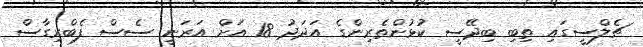
ޗެލްސީގައި ތިބި ބިދޭސީ ކުޅުންތެރިންގެ އަދަދު 18 އަށް އަރަނީ ސެސް ފެބްރިގާސް